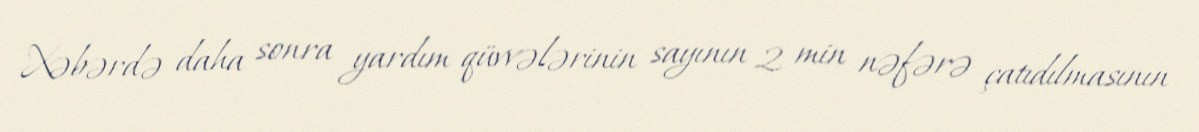
Xəbərdə daha sonra yardım qüvvələrinin sayının 2 min nəfərə çatıdılmasının